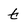
Character: t